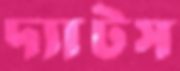
দ্যাটস